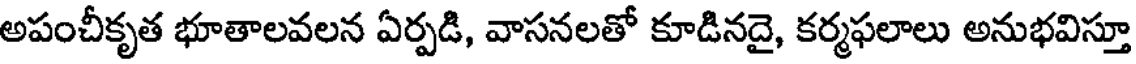
అపంచీకృత భూతాలవలన ఏర్పడి, వాసనలతో కూడినదై, కర్మఫలాలు అనుభవిస్తూ